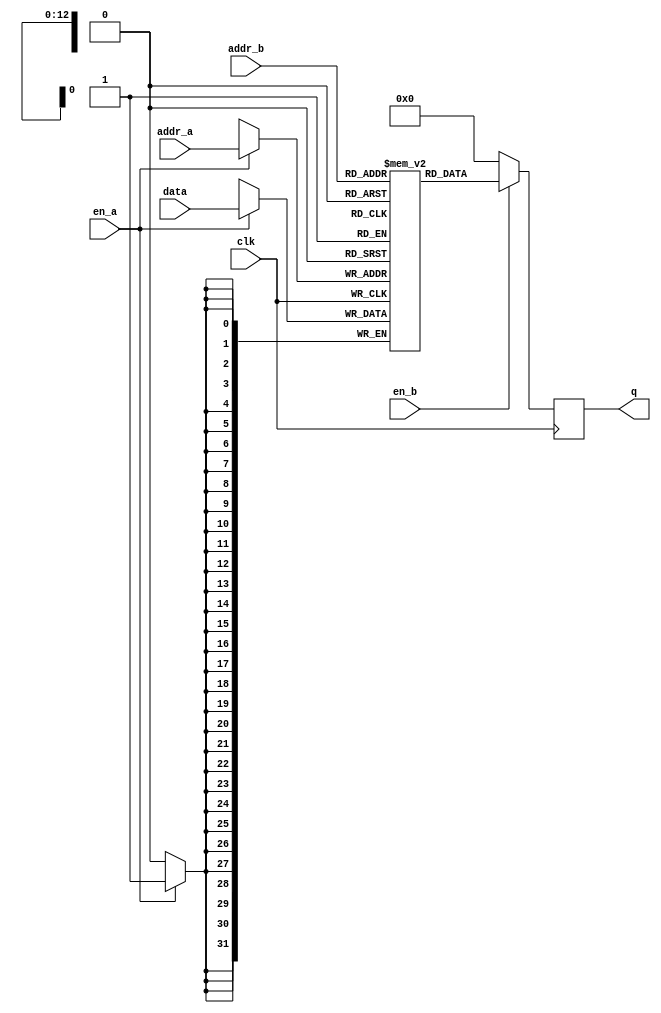
module two_port_ram_sclk
#
(
  parameter DATA_WIDTH = 32,
  parameter ADDR_WIDTH = 13
)
(
  input clk,
  // Port A for write
  input en_a,
  input [ADDR_WIDTH-1:0] addr_a,
  input [DATA_WIDTH-1:0] data,
  // Port B for read
  input en_b,
  input [ADDR_WIDTH-1:0] addr_b,
  output reg [DATA_WIDTH-1:0] q
);
// Declare the RAM variable
reg [DATA_WIDTH-1:0] ram [0:2**ADDR_WIDTH-1];

// Port A for write
always@(posedge clk) begin
  if (en_a) begin
    ram[addr_a] <= data;
  end
end

// Port B for read
always@(posedge clk) begin
  if (en_b) begin
    q <= ram[addr_b];
  end
  else begin
    q <= 0;
  end
end

endmodule